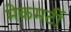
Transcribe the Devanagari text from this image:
मेकमर्टी